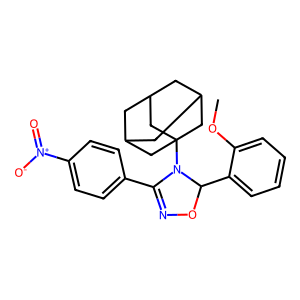
SMILES: COc1ccccc1C1ON=C(c2ccc([N+](=O)[O-])cc2)N1C12CC3CC(CC(C3)C1)C2
Inhibits HIV replication: No